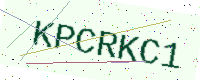
Text: KPCRKC1